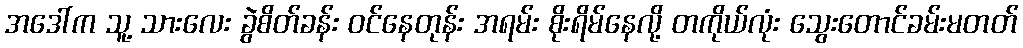
အဒေါ်က သူ့ သားလေး ခွဲစိတ်ခန်း ဝင်နေတုန်း အရမ်း စိုးရိမ်နေလို့ တကိုယ်လုံး သွေးတောင်ခမ်းမတတ်